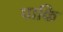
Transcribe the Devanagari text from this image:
पाकि